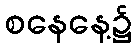
စနေနေ့၌